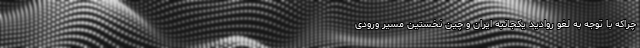
چراکه با توجه به لغو روادید یکجانبه ایران و چین نخستین مسیر ورودی